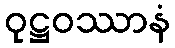
ဝုဋ္ဌဝဿာနံ